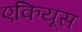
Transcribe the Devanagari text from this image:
एकियूस